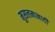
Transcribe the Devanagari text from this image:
मुसलमानादी